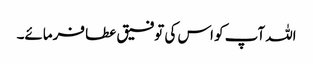
اللہ آپ کو اس کی توفیق عطا فرمائے۔